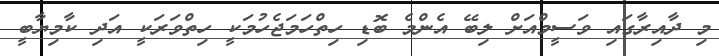
މި ދާއިރާގައި ވަސީމްއަށް ލިބޭ އެންމެ ބޮޑި ހިތްހަމަޖެހުމަކީ ހިތްވަރަކީ އަދި ކާމިޔާބީ